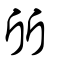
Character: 斦